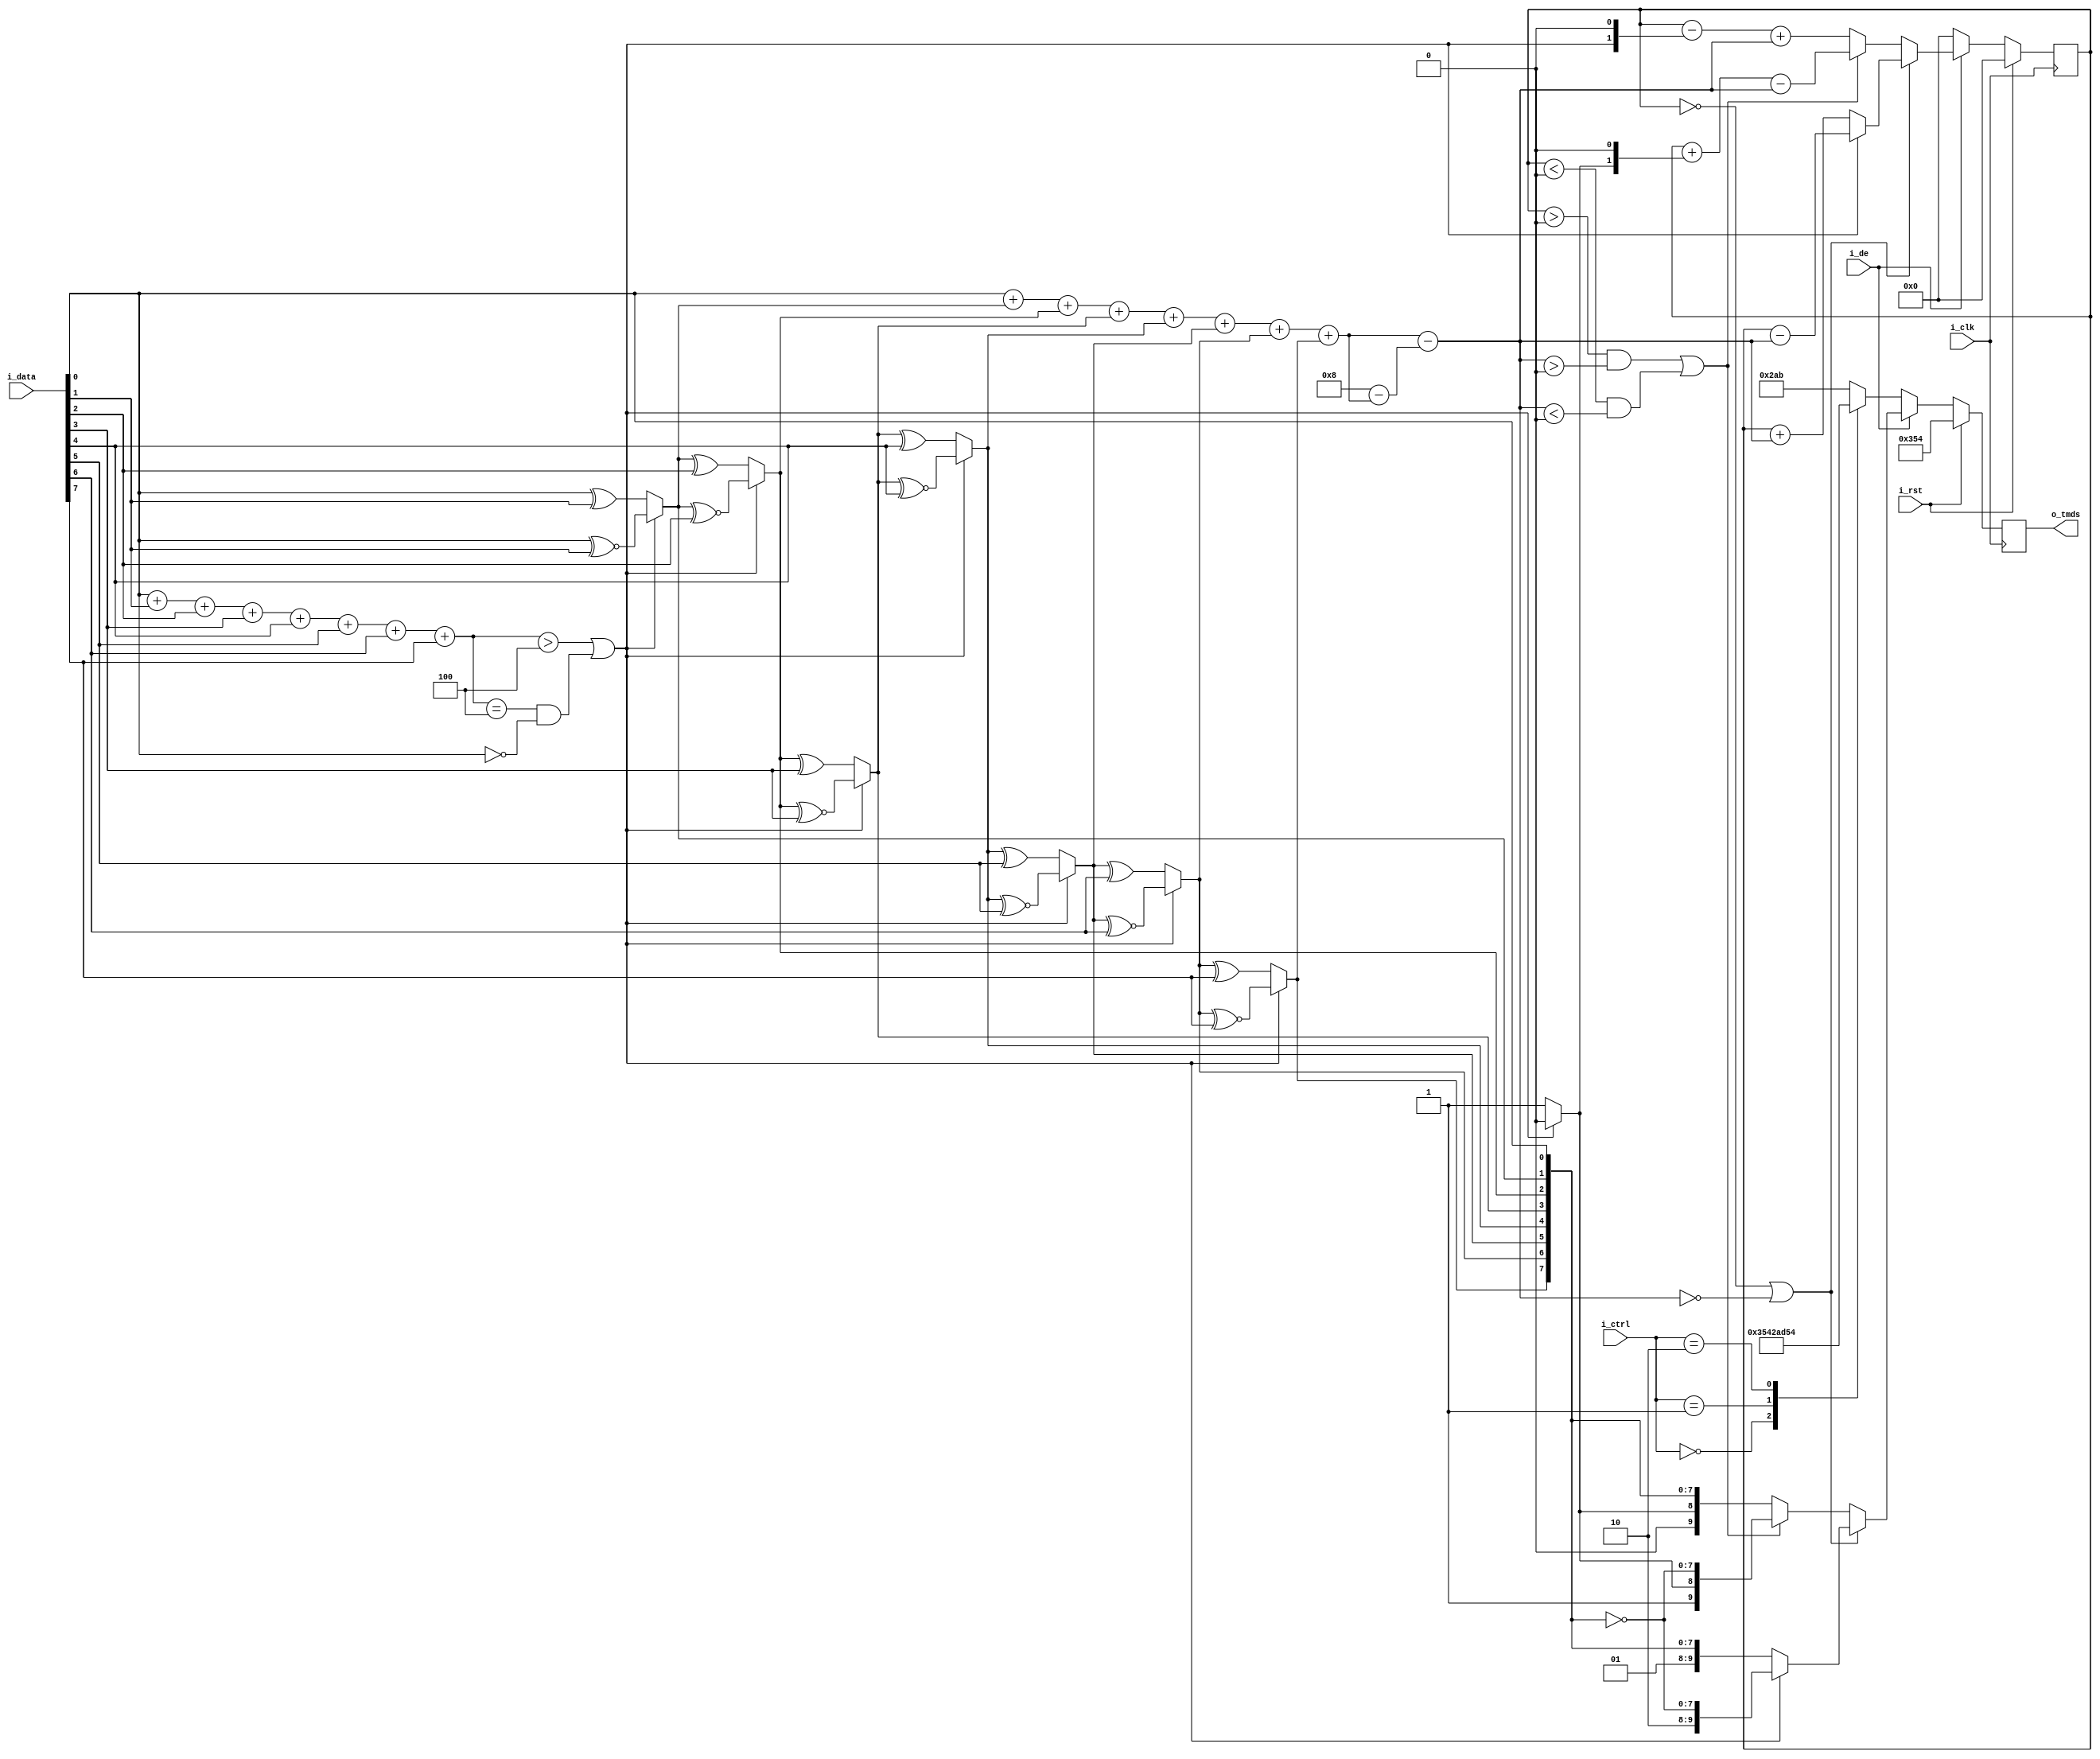
`timescale 1ns / 1ps
`default_nettype none

// Project F: Display TMDS Encoder for DVI
// (C)2019 Will Green, Open source hardware released under the MIT License
// Learn more at https://projectf.io

module tmds_encoder_dvi(
    input  wire i_clk,          // clock
    input  wire i_rst,          // reset (active high)
    input  wire [7:0] i_data,   // colour data
    input  wire [1:0] i_ctrl,   // control data
    input  wire i_de,           // display enable (active high)
    output reg [9:0] o_tmds     // encoded TMDS data
    );

    // select basic encoding based on the ones in the input data
    wire [3:0] d_ones = {3'b0,i_data[0]} + {3'b0,i_data[1]} + {3'b0,i_data[2]}
        + {3'b0,i_data[3]} + {3'b0,i_data[4]} + {3'b0,i_data[5]}
        + {3'b0,i_data[6]} + {3'b0,i_data[7]};
    wire use_xnor = (d_ones > 4'd4) || ((d_ones == 4'd4) && (i_data[0] == 0));

    // encode colour data with xor/xnor
    /* verilator lint_off UNOPTFLAT */
    wire [8:0] enc_qm;
    assign enc_qm[0] = i_data[0];
    assign enc_qm[1] = (use_xnor) ? (enc_qm[0] ~^ i_data[1]) : (enc_qm[0] ^ i_data[1]);
    assign enc_qm[2] = (use_xnor) ? (enc_qm[1] ~^ i_data[2]) : (enc_qm[1] ^ i_data[2]);
    assign enc_qm[3] = (use_xnor) ? (enc_qm[2] ~^ i_data[3]) : (enc_qm[2] ^ i_data[3]);
    assign enc_qm[4] = (use_xnor) ? (enc_qm[3] ~^ i_data[4]) : (enc_qm[3] ^ i_data[4]);
    assign enc_qm[5] = (use_xnor) ? (enc_qm[4] ~^ i_data[5]) : (enc_qm[4] ^ i_data[5]);
    assign enc_qm[6] = (use_xnor) ? (enc_qm[5] ~^ i_data[6]) : (enc_qm[5] ^ i_data[6]);
    assign enc_qm[7] = (use_xnor) ? (enc_qm[6] ~^ i_data[7]) : (enc_qm[6] ^ i_data[7]);
    assign enc_qm[8] = (use_xnor) ? 0 : 1;
    /* verilator lint_on UNOPTFLAT */

    // disparity in encoded data for DC balancing: needs to cover -8 to +8
    wire signed [4:0] ones = {4'b0,enc_qm[0]} + {4'b0,enc_qm[1]}
            + {4'b0,enc_qm[2]} + {4'b0,enc_qm[3]} + {4'b0,enc_qm[4]}
            + {4'b0,enc_qm[5]} + {4'b0,enc_qm[6]} + {4'b0,enc_qm[7]};

    wire signed [4:0] zeros = 5'b01000 - ones;
    wire signed [4:0] balance = ones - zeros;

    // record ongoing DC bias
    reg signed [4:0] bias;

    always @ (posedge i_clk)
    begin
        if (i_rst)
        begin
            o_tmds <= 10'b1101010100;  // equivalent to ctrl 2'b00
            bias <= 5'sb00000;
        end
        else if (i_de == 0)  // send control data in blanking interval
        begin
            case (i_ctrl)  // ctrl sequences (always have 7 transitions)
                2'b00:   o_tmds <= 10'b1101010100;
                2'b01:   o_tmds <= 10'b0010101011;
                2'b10:   o_tmds <= 10'b0101010100;
                default: o_tmds <= 10'b1010101011;
            endcase
            bias <= 5'sb00000;
        end
        else  // send pixel colour data (at most 5 transitions)
        begin
            if (bias == 0 || balance == 0)  // no prior bias or disparity
            begin
                if (enc_qm[8] == 0)
                begin
                    $display("\t%d %b %d, %d, A1", i_data, enc_qm, ones, bias);
                    o_tmds[9:0] <= {2'b10, ~enc_qm[7:0]};
                    bias <= bias - balance;
                end
                else begin
                    $display("\t%d %b %d, %d, A0", i_data, enc_qm, ones, bias);
                    o_tmds[9:0] <= {2'b01, enc_qm[7:0]};
                    bias <= bias + balance;
                end
            end
            else if ((bias > 0 && balance > 0) || (bias < 0 && balance < 0))
            begin
                $display("\t%d %b %d, %d, B1", i_data, enc_qm, ones, bias);
                o_tmds[9:0] <= {1'b1, enc_qm[8], ~enc_qm[7:0]};
                bias <= bias + {3'b0, enc_qm[8], 1'b0} - balance;
            end
            else
            begin
                $display("\t%d %b %d, %d, B0", i_data, enc_qm, ones, bias);
                o_tmds[9:0] <= {1'b0, enc_qm[8], enc_qm[7:0]};
                bias <= bias - {3'b0, ~enc_qm[8], 1'b0} + balance;
            end
        end
    end
endmodule